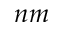
n m